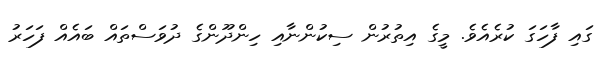
ގައި ފާހަގަ ކުރެއެވެ. މީގެ އިތުރުން ސިކުންނާއި ހިންދޫންގެ ދުވަސްތައް ބައެއް ފަހަރު